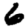
Digit: 6